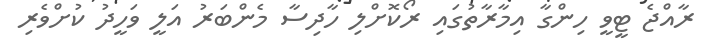
ރާއްޖެ ޓީވީ ހިންގާ އިމާރާތުގައި ރޯކޮށްލި ހާދިސާ މެންބަރު އަލީ ވަހީދު ކުށްވެރި